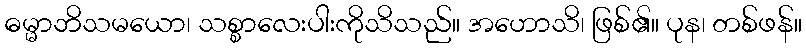
ဓမ္မာဘိသမယော၊ သစ္စာလေးပါးကိုသိသည်။ အဟောသိ၊ ဖြစ်၏။ ပုန၊ တစ်ဖန်။